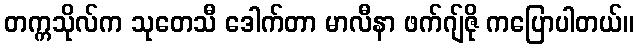
တက္ကသိုလ်က သုတေသီ ဒေါက်တာ မာလီနာ ဖက်ဂျ်ဇို ကပြောပါတယ်။